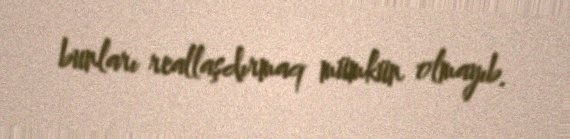
bunları reallaşdırmaq mümkün olmayıb.